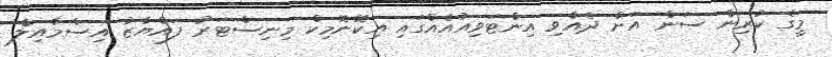
މީގެ ކުރިން ސަން އަށް ދެއްވި އިންޓަވިއުއެއްގައި އިކޮނޮމިކް މިނިސްޓަރު ފައްޔާޒު އިސްމާއިލް